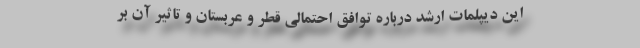
این دیپلمات ارشد درباره توافق احتمالی قطر و عربستان و تاثیر آن بر